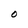
Character: O